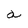
Character: a